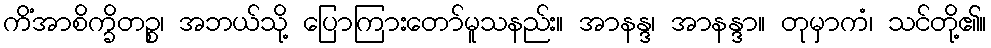
ကိံအာစိက္ခိတဉ္စ၊ အဘယ်သို့ ပြောကြားတော်မူသနည်း။ အာနန္ဒ၊ အာနန္ဒာ။ တုမှာကံ၊ သင်တို့၏။